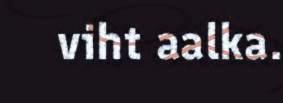
viht aalka.